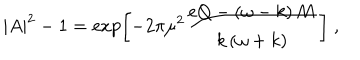
| A | ^ { 2 } - 1 = \exp \left[ - 2 \pi \mu ^ { 2 } \frac { e Q - \left( \omega - k \right) M } { k \left( \omega + k \right) } \right] \; ,